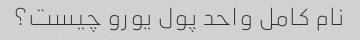
نام کامل واحد پول یورو چیست؟